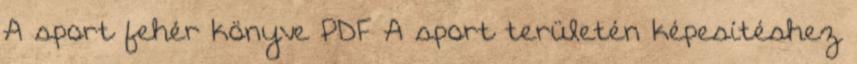
A sport fehér könyve PDF A sport területén képesítéshez